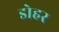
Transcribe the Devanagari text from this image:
डोहर